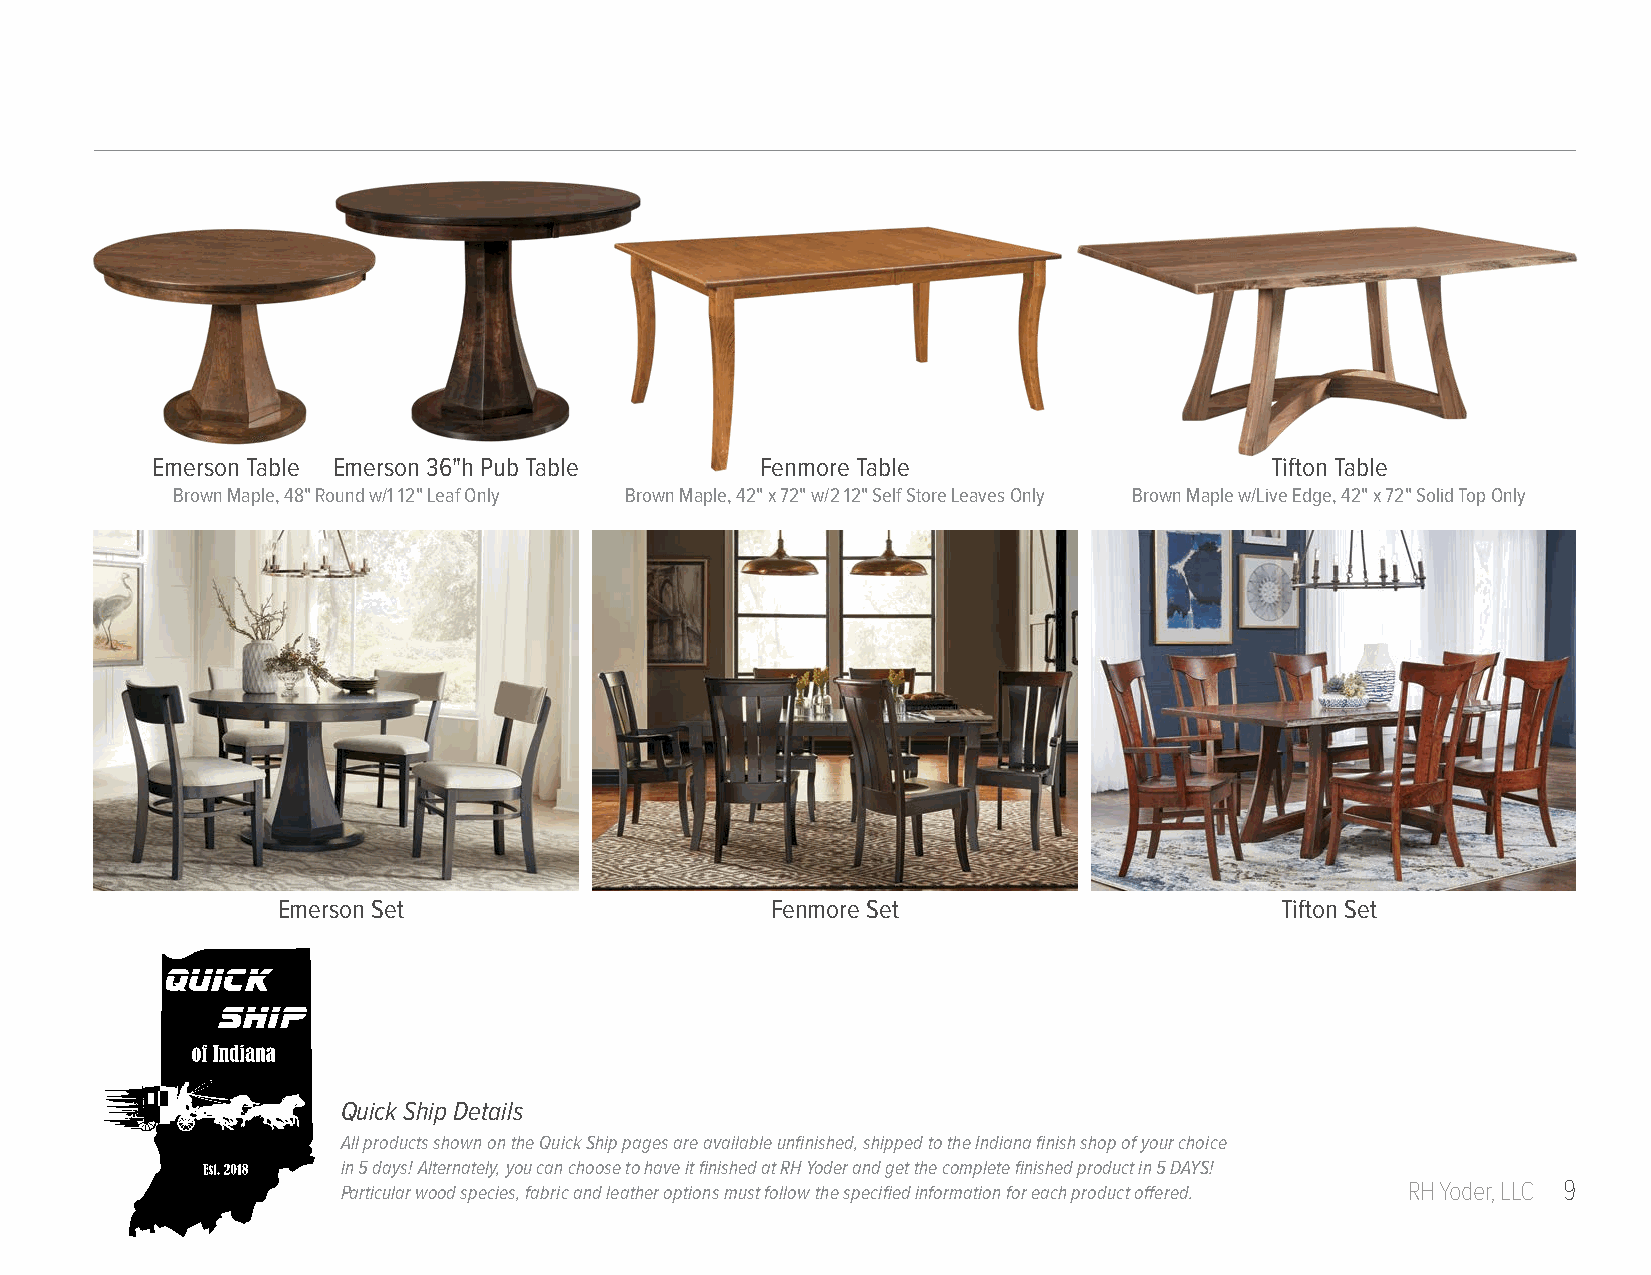
Emerson Table Emerson 36"h Pub Table    Fenmore Table                     Tifton Table
 Brown Maple, 48" Round w/1 12" Leaf Only Brown Maple, 42" x 72" w/2 12" Self Store Leaves Only Brown Maple w/Live Edge, 42" x 72" Solid Top Only
 Emerson Set                      Fenmore Set                       Tifton Set
 Quick Ship Details
 All products shown on the Quick Ship pages are available unfinished, shipped to the Indiana finish shop of your choice
 in 5 days! Alternately, you can choose to have it finished at RH Yoder and get the complete finished product in 5 DAYS!
 Particular wood species, fabric and leather options must follow the specified information for each product offered. RH Yoder, LLC 9